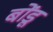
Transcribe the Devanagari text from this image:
बोंडू